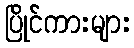
ပြိုင်ကားများ